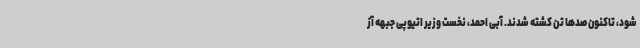
شود، تاکنون صدها تن کشته شدند. آبی احمد، نخست وزیر اتیوپی جبهه آز